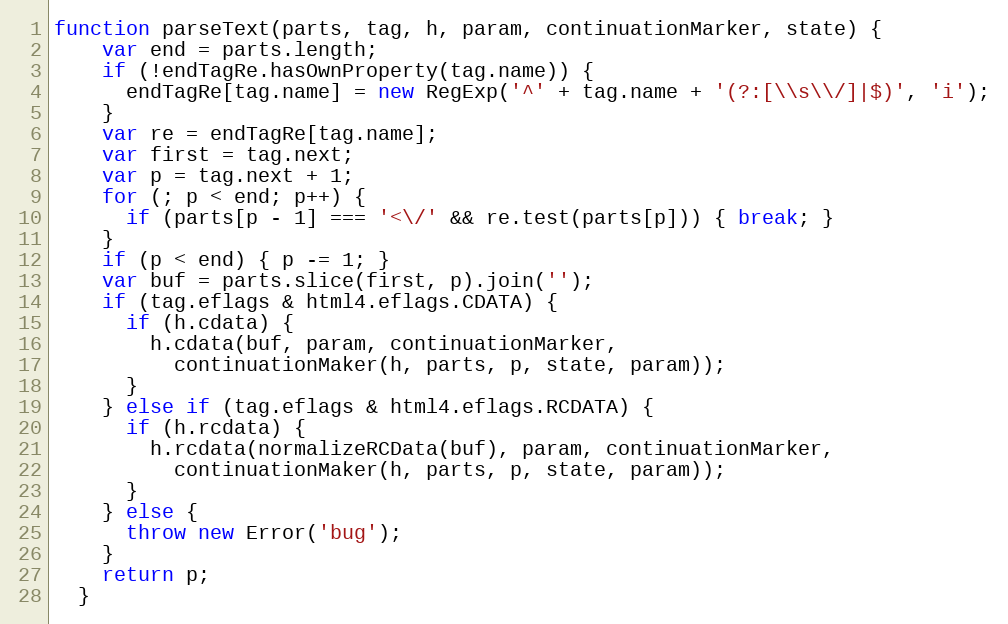
Language: JavaScript
function parseText(parts, tag, h, param, continuationMarker, state) {
    var end = parts.length;
    if (!endTagRe.hasOwnProperty(tag.name)) {
      endTagRe[tag.name] = new RegExp('^' + tag.name + '(?:[\\s\\/]|$)', 'i');
    }
    var re = endTagRe[tag.name];
    var first = tag.next;
    var p = tag.next + 1;
    for (; p < end; p++) {
      if (parts[p - 1] === '<\/' && re.test(parts[p])) { break; }
    }
    if (p < end) { p -= 1; }
    var buf = parts.slice(first, p).join('');
    if (tag.eflags & html4.eflags.CDATA) {
      if (h.cdata) {
        h.cdata(buf, param, continuationMarker,
          continuationMaker(h, parts, p, state, param));
      }
    } else if (tag.eflags & html4.eflags.RCDATA) {
      if (h.rcdata) {
        h.rcdata(normalizeRCData(buf), param, continuationMarker,
          continuationMaker(h, parts, p, state, param));
      }
    } else {
      throw new Error('bug');
    }
    return p;
  }